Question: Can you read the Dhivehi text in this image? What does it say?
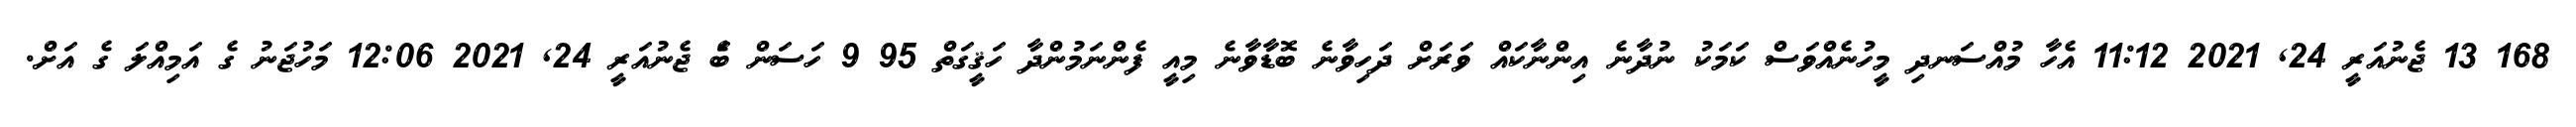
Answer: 168 13 ޖެނުއަރީ 24, 2021 11:12 އެހާ މުއްސަނދި މީހުނެއްވަސް ކަމަކު ނުދާނެ އިންނާކައް ވަރަށް ދަހިވާނެ ބޮޑާވާނެ މިއީ ފެންނަމުންދާ ހަޤީގަތް 95 9 ހަސަން ބަެ ޖެނުއަރީ 24, 2021 12:06 މަހުޖަނު ގެ އަމިއްލަ ގެ އަށް.